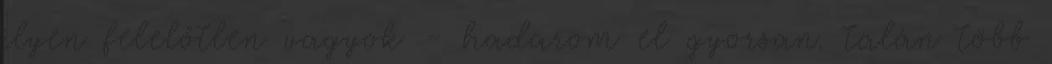
ilyen felelőtlen vagyok - hadarom el gyorsan. talán több